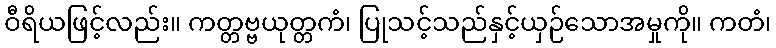
ဝီရိယဖြင့်လည်း။ ကတ္တဗ္ဗယုတ္တကံ၊ ပြုသင့်သည်နှင့်ယှဉ်သောအမှုကို။ ကတံ၊